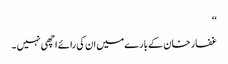
‘‘
غفار خان کے بارے میں ان کی رائے اچھی نہیں ۔